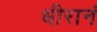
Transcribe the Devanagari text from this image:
धीरानं